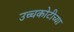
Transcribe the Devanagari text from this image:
उच्चकोटीच्या